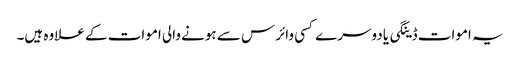
یہ اموات ڈینگی یا دوسرے کسی وائرس سے ہونے والی اموات کے علاوہ ہیں۔